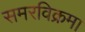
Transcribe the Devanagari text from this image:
समरविक्रमा